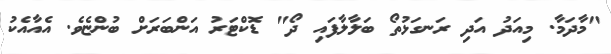
"މާދަމާ. މިއަދު އަދި ރަނގަޅުތޯ ބަލާލާފައި ދޯ" ޑޮކްޓަރު އަންބަރަށް ބުންޏެވެ. އެއާއެކު